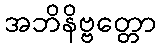
အဘိနိဗ္ဗတ္တော